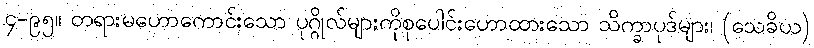
၄-၉၅။ တရားမဟောကောင်းသော ပုဂ္ဂိုလ်များကိုစုပေါင်းဟောထားသော သိက္ခာပုဒ်များ၊ (သေခိယ)